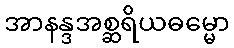
အာနန္ဒအစ္ဆရိယဓမ္မော